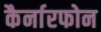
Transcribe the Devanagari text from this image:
कैर्नारफोन